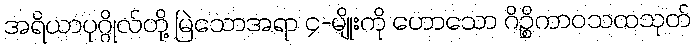
အရိယာပုဂ္ဂိုလ်တို့ မြဲသောအရာ ၄-မျိုးကို ဟောသော ဂိဉ္စိကာဝသထသုတ်